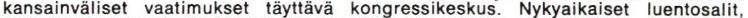
kansainväliset vaatimukset täyttävä kongressikeskus. Nykyaikaiset luentosalit,